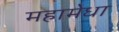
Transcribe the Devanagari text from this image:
महामेधा